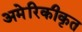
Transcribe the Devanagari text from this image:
अमेरिकीकृत